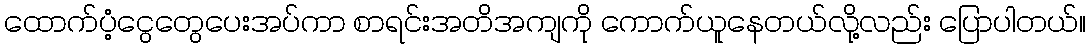
ထောက်ပံ့ငွေတွေပေးအပ်ကာ စာရင်းအတိအကျကို ကောက်ယူနေတယ်လို့လည်း ပြောပါတယ်။